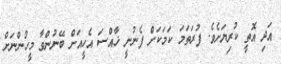
އަދި އޮތީ ކުރިޔަށެވެ. ފުރަތަމަ ކަމަކަށް ފެނުނީ ޚާއްސަ އެހީއަށް ބޭނުންވާ މީހުންނަށް